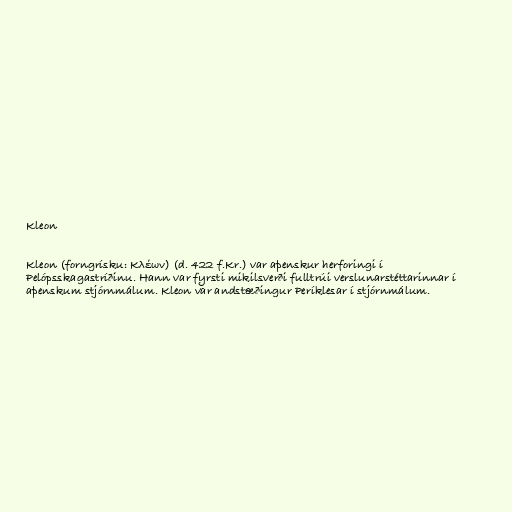
Kleon

Kleon (forngrísku: Κλέων) (d. 422 f.Kr.) var aþenskur herforingi í
Pelópsskagastríðinu. Hann var fyrsti mikilsverði fulltrúi verslunarstéttarinnar í
aþenskum stjórnmálum. Kleon var andstæðingur Períklesar í stjórnmálum.